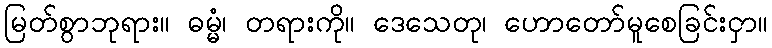
မြတ်စွာဘုရား။ ဓမ္မံ၊ တရားကို။ ဒေသေတု၊ ဟောတော်မူစေခြင်းငှာ။